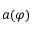
a ( \varphi )